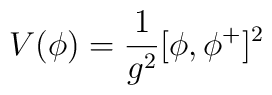
V(\phi) = {1\over g^{2}} [\phi, \phi^{+}]^{2}